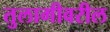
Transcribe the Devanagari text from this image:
तुलागीवरील